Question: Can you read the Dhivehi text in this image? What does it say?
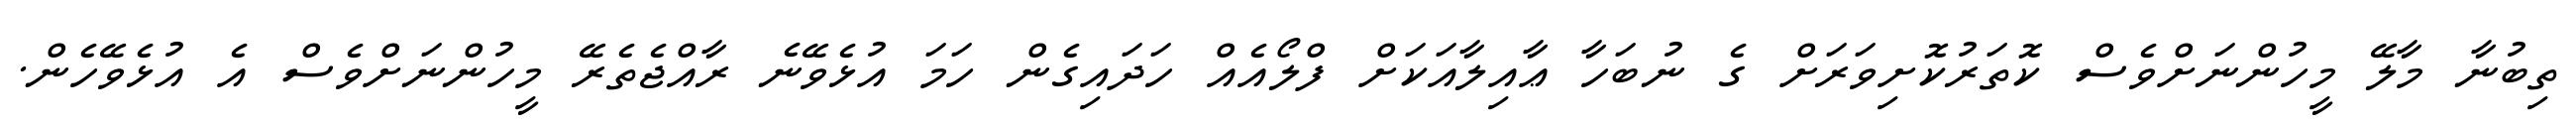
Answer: ތިބުނާ މާލޭ މީހުންނަށްވެސް ކޮތަރުކޮށިވަރަށް ގެ ނުބަހާ ޢާއިލާއަކަށް ފްލޯއެއް ހަދައިގެން ހަމަ އުޅެވޭނެ ރާއްޖެތެރޭ މީހުންނަށްވެސް އެ އުޅެވޭހެން.